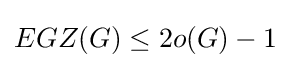
EGZ(G)\leq 2o(G)-1